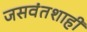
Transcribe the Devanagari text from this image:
जसवंतशाही